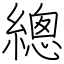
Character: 總